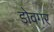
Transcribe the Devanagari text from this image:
डोवगर